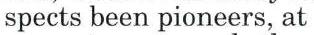
spects been pioneers, at